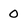
Character: 0